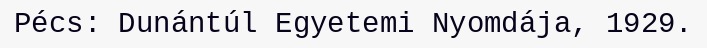
Pécs: Dunántúl Egyetemi Nyomdája, 1929.